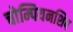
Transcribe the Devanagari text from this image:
चोम्पियनशिप